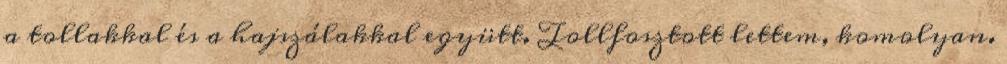
a tollakkal és a hajszálakkal együtt. Tollfosztott lettem, komolyan.